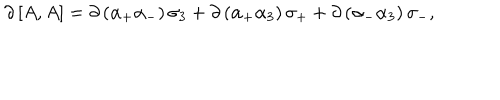
LaTeX: \partial \, \lbrack A , A \rbrack = \partial \, ( \alpha _ { + } \alpha _ { - } ) \, \sigma _ { 3 } + \partial \, ( \alpha _ { + } \alpha _ { 3 } ) \, \sigma _ { + } + \partial \, ( \alpha _ { - } \alpha _ { 3 } ) \, \sigma _ { - } ,